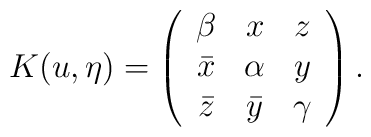
K(u,\eta)=\left(\begin{array}{ccc}    \beta   &   x     & z \\    \bar{x} & \alpha  & y \\    \bar{z} & \bar{y} & \gamma \end{array}\right).